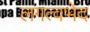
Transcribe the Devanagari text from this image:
लगत्वभेद